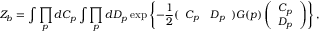
Z _ { b } = \int \prod _ { p } d C _ { p } \int \prod _ { p } d D _ { p } \exp \left\{ - \frac { 1 } { 2 } ( \begin{array} { l l } { { C _ { p } } } & { { D _ { p } } } \end{array} ) G ( p ) \left( \begin{array} { l } { { C _ { p } } } \\ { { D _ { p } } } \end{array} \right) \right\} ,